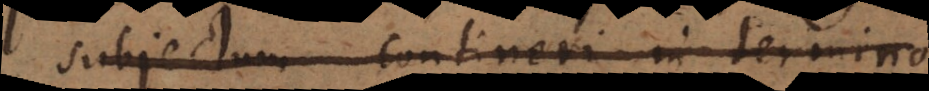
subjectum contineri in termino